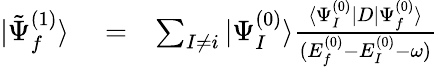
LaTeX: \begin{array}{rlr}{|\tilde{\Psi}_{f}^{(1)}\rangle}&{{}=}&{\sum_{I\ne i}|\Psi_{I}^{(0)}\rangle\frac{\langle\Psi_{I}^{(0)}|D|\Psi_{f}^{(0)}\rangle}{(E_{f}^{(0)}-E_{I}^{(0)}-\omega)}}\end{array}